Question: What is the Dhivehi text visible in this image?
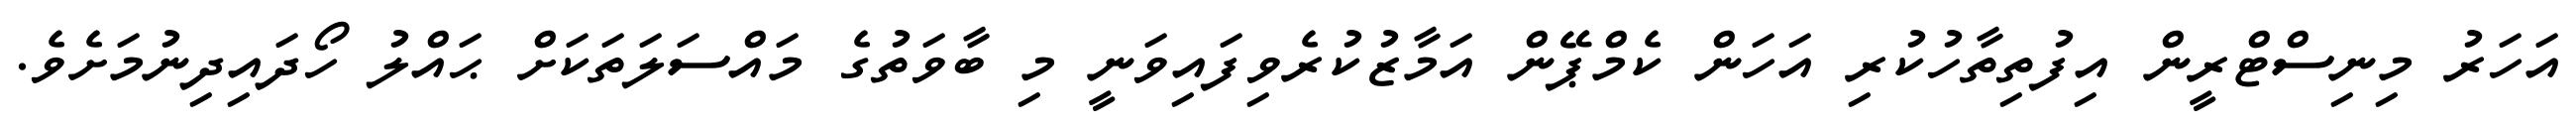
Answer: އަހަރު މިނިސްޓްރީން އިފުތިތާހުކުރި އަހަން ކެމްޕޭން އަމާޒުކުރެވިފައިވަނީ މި ބާވަތުގެ މައްސަލަތަކަށް ޙައްލު ހޯދައިދިނުމަށެވެ.